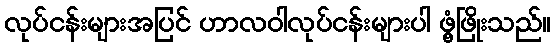
လုပ်ငန်းများအပြင် ဟာလဝါလုပ်ငန်းများပါ ဖွံ့ဖြိုးသည်။